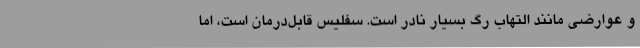
و عوارضی مانند التهاب رگ بسیار نادر است. سفلیس قابل‌درمان است، اما